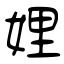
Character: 娌